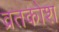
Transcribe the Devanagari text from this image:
व्रतकोश